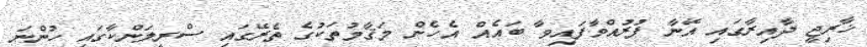
ޚާރިޖީ ދާއިރާގައި އޭނާ ފުރުއްވާފައިވާ ބައެއް އެހެން މަޤާމުތަކުގެ ތެރޭގައި ސްރީލަންކާގައި ހުންނަ